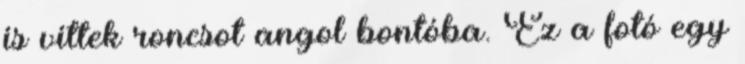
is vittek roncsot angol bontóba. Ez a fotó egy